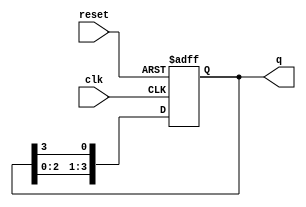
module ring_counter #(parameter N = 4) (
    input wire clk,         // Clock signal
    input wire reset,       // Asynchronous reset signal
    output reg [N-1:0] q    // Output of the ring counter
);

    // Initial state for the ring counter
    initial begin
        q = 1'b1; // Start with the first flip-flop set to '1'
    end

    always @(posedge clk or posedge reset) begin
        if (reset) begin
            q <= 1'b1; // Reset the counter to the initial state
        end else begin
            // Shift the '1' around the ring
            q <= {q[N-2:0], q[N-1]}; // Shift left and wrap around
        end
    end

endmodule